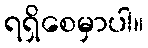
ရရှိစေမှာပါ။